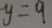
y = 9